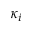
\kappa _ { i }